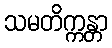
သမတိက္ကန္တာ